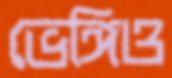
ভেঙ্গিও